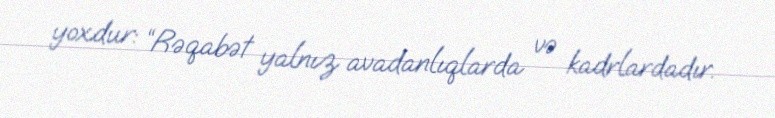
yoxdur: “Rəqabət yalnız avadanlıqlarda və kadrlardadır.